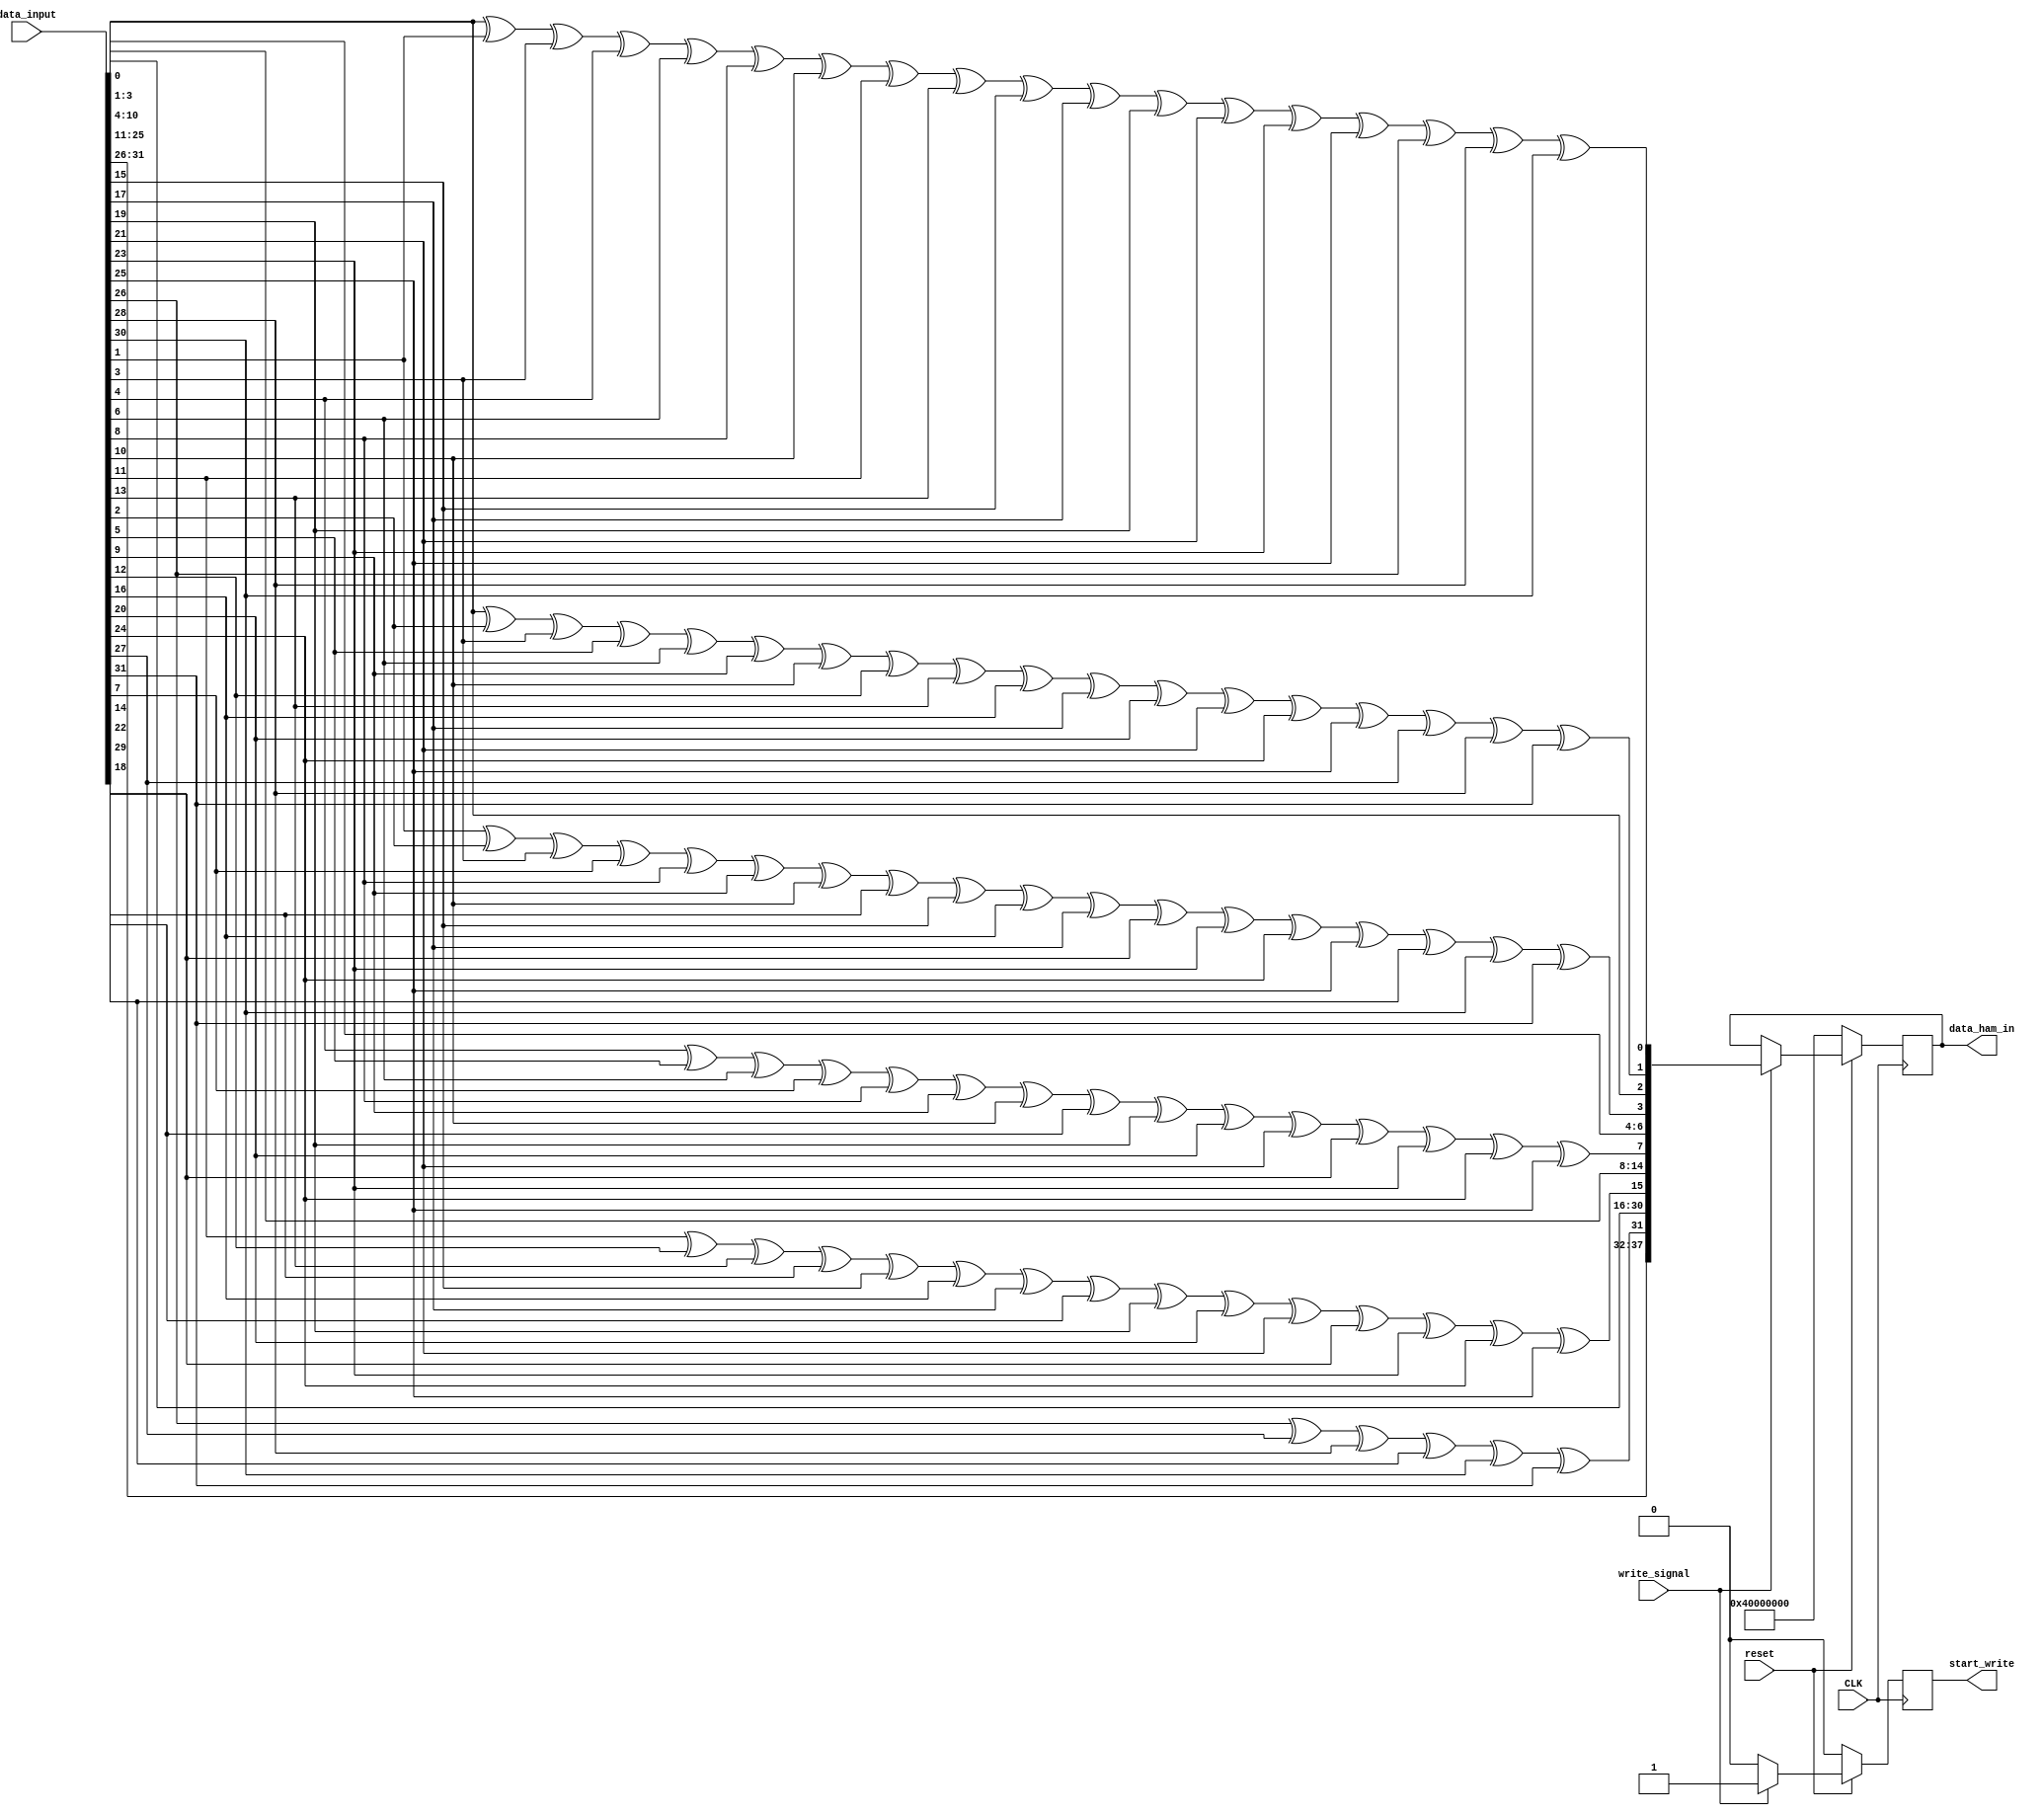
// ********************************************************************************************************
//					-*- Mode: Verilog -*-
//	Module:	Hamming module - Encoder
//	
//	Input:	- CLK: LiTe-DTU clock
//		- reset: 1'b0 LiTe-DTU INACTIVE- 1'b1: LiTe-DTU ACTIVE
//		- data_input: 32 bit data from CU
//		- write_signal: control signal for FIFO
//
//	Output:	- data_ham_in: 38 bit data (containing parity bits)
//		- start_write: hamming encoding finished
//
// ********************************************************************************************************

`timescale  1ps/1ps

module Hamm_TRX (
	CLK,
	reset,
	data_input,
	data_ham_in,
	write_signal,
	start_write
);


// Internal constants
	parameter Nbits_32 = 32;
	parameter Nbits_ham = 38;

// Input ports
	input CLK;
	input reset;
	input [Nbits_32-1:0] data_input;
	input write_signal;

// Output ports
	output reg [Nbits_ham-1:0] data_ham_in;
	output reg start_write;

// Internal variables
	wire p1, p2, p3, p4, p5, p6; // parity bit


	assign p1 = (reset == 1'b0) ? 1'b0 : data_input[0] ^ data_input[1] ^ data_input[3] ^ data_input[4] ^ data_input[6] ^ data_input[8] ^ data_input[10] ^ data_input[11] ^ data_input[13] ^ data_input[15] ^ data_input[17] ^ data_input[19] ^ data_input[21] ^ data_input[23] ^ data_input[25] ^ data_input[26] ^ data_input[28] ^ data_input[30];
	assign p2 = (reset == 1'b0) ? 1'b0 :  data_input[0] ^ data_input[2] ^ data_input[3] ^ data_input[5] ^ data_input[6] ^ data_input[9] ^ data_input[10] ^ data_input[12] ^ data_input[13] ^ data_input[16] ^ data_input[17] ^ data_input[20] ^ data_input[21] ^ data_input[24] ^ data_input[25] ^ data_input[27] ^ data_input[28] ^ data_input[31];
	assign p3 = (reset == 1'b0) ? 1'b0 : data_input[1] ^ data_input[2] ^ data_input[3] ^ data_input[7] ^ data_input[8] ^ data_input[9] ^ data_input[10] ^ data_input[14] ^ data_input[15] ^ data_input[16] ^ data_input[17] ^ data_input[22] ^ data_input[23] ^ data_input[24] ^ data_input[25] ^ data_input[29] ^ data_input[30] ^ data_input[31];
	assign p4 = (reset == 1'b0) ? 1'b0 : data_input[4] ^ data_input[5] ^ data_input[6] ^ data_input[7] ^ data_input[8] ^ data_input[9] ^ data_input[10] ^ data_input[18] ^ data_input[19] ^ data_input[20] ^ data_input[21] ^ data_input[22] ^ data_input[23] ^ data_input[24] ^ data_input[25];
	assign p5 = (reset == 1'b0) ? 1'b0 : data_input[11] ^ data_input[12] ^ data_input[13] ^ data_input[14] ^ data_input[15] ^ data_input[16] ^ data_input[17] ^ data_input[18] ^ data_input[19] ^ data_input[20] ^ data_input[21] ^ data_input[22] ^ data_input[23]^ data_input[24] ^ data_input[25];
	assign p6 = (reset == 1'b0) ? 1'b0 : data_input[26] ^ data_input[27] ^ data_input[28] ^ data_input[29] ^ data_input[30] ^ data_input[31];

	always @(posedge CLK) begin
		if (reset == 1'b0) begin
			data_ham_in = 38'b01000000000000000000000000000000;
			start_write = 1'b0;
		end else begin
			if (write_signal == 1'b1) begin
				data_ham_in = {data_input[31], data_input[30], data_input[29], data_input[28], data_input[27], data_input[26], p6, data_input[25], data_input[24], data_input[23], data_input[22], data_input[21], data_input[20], data_input[19], data_input[18], data_input[17], data_input[16], data_input[15], data_input[14], data_input[13], data_input[12], data_input[11], p5, data_input[10], data_input[9], data_input[8], data_input[7], data_input[6], data_input[5], data_input[4], p4, data_input[3], data_input[2], data_input[1], p3, data_input[0], p2, p1};
				start_write = 1'b1;
			end else begin
				start_write = 1'b0;
			end
		end
	end


endmodule